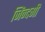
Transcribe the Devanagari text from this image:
जिंन्दगी